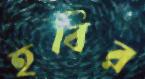
হবির